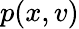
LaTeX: p(x,v)